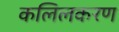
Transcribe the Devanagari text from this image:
कलिलकरण